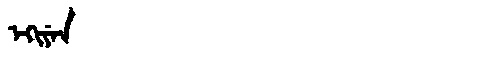
Manchu: ᡝᡴᡳᠶᡝᠨ
Romanization: EKIYEN